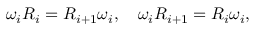
\omega _ { i } R _ { i } = R _ { i + 1 } \omega _ { i } , \quad \omega _ { i } R _ { i + 1 } = R _ { i } \omega _ { i } ,